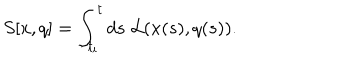
LaTeX: S [ x , q ] = \int _ { t _ { i } } ^ { t } d s \; { \cal L } ( x ( s ) , q ( s ) ) .